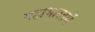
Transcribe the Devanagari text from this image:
महाभारतमें